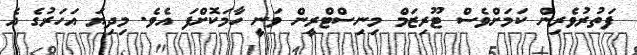
ފަތުރުވެރިން ކަމަށްވެސް ޓޫރިޒަމް މިނިސްޓްރީން ވަނީ ހާމަކޮށްފަ އެވެ. މިދިޔަ އަހަރުގެ އެ